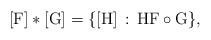
\begin{align*}[\mathrm{F}]*[\mathrm{G}]=\{[\mathrm{H}]\,:\,\mathrm{H} \mathrm{F}\circ\mathrm{G}\},\end{align*}